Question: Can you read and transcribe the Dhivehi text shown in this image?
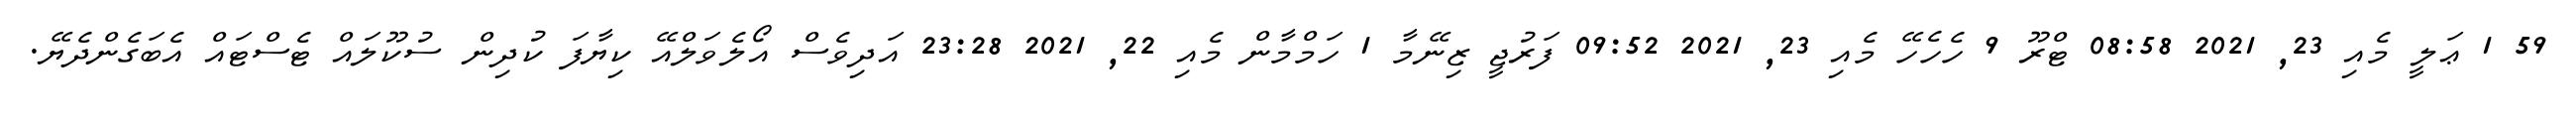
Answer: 59 1 ޢަލީ މެއި 23, 2021 08:58 ޓްރޫ 9 ހެހެހޭ މެއި 23, 2021 09:52 ފަރުޖީ ޒިނޭމާ 1 ހަމްމާން މެއި 22, 2021 23:28 އަދިވެސް އޯލެވަލްއޭ ކިޔާފަ ކުދިން ސުކޫލައް ޓެސްޓައް އެބަގެންދެޔޭ.